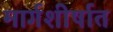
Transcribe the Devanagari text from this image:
मार्गशीर्षात